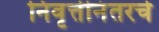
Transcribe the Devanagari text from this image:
निवृत्तीनंतरचे